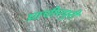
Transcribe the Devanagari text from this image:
प्राचीनपुरी